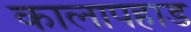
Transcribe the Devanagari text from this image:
कालापहाड